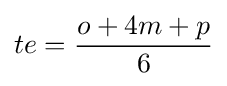
te={\frac {o+4m+p}{6}}